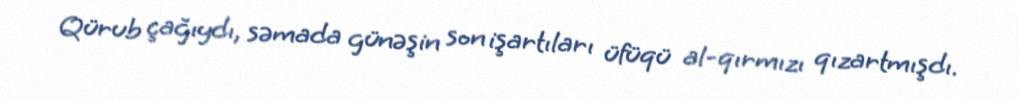
Qürub çağıydı, səmada günəşin son işartıları üfüqü al-qırmızı qızartmışdı.